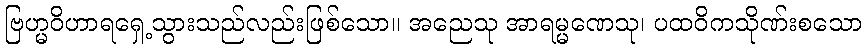
ဗြဟ္မဝိဟာရရှေ့သွားသည်လည်းဖြစ်သော။ အညေသု အာရမ္မဏေသု၊ ပထဝိကသိုဏ်းစသော